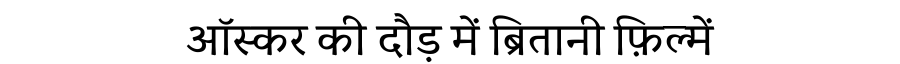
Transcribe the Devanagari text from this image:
ऑस्कर की दौड़ में ब्रितानी फ़िल्में